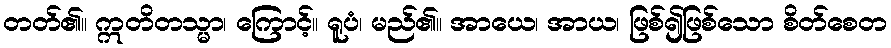
တတ်၏။ ဣတိတသ္မာ၊ ကြောင့်။ ရူပံ၊ မည်၏။ အာယေ၊ အာယ၊ ဖြစ်၍ဖြစ်သော စိတ်စေတ